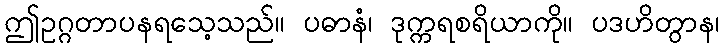
ဤဥဂ္ဂတာပနရသေ့သည်။ ပဓာနံ၊ ဒုက္ကရစရိယာကို။ ပဒဟိတွာန၊